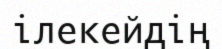
ілекейдің